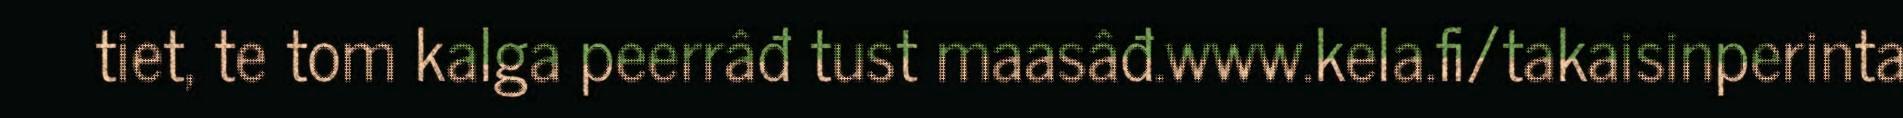
tiet, te tom kalga peerrâđ tust maasâđ.www.kela.fi/takaisinperinta